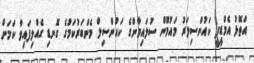
އަތޮޅު އެމްޑީޕީ ކައުންސިލަރު މައުމޫން ސުލައިމާންގެ ކައުންސިލް މެންބަރުކަމުގެ ގޮނޑި ގެއްލިފައިވާ ކަމަށް